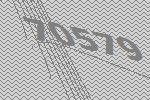
70579